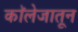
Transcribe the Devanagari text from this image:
काॅलेजातून